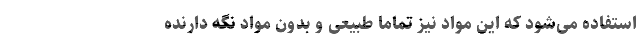
استفاده می­شود که این مواد نیز تماما طبیعی و بدون مواد نگه دارنده